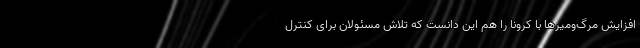
افزایش مرگ‌ومیرها با کرونا را هم این دانست که تلاش مسئولان برای کنترل